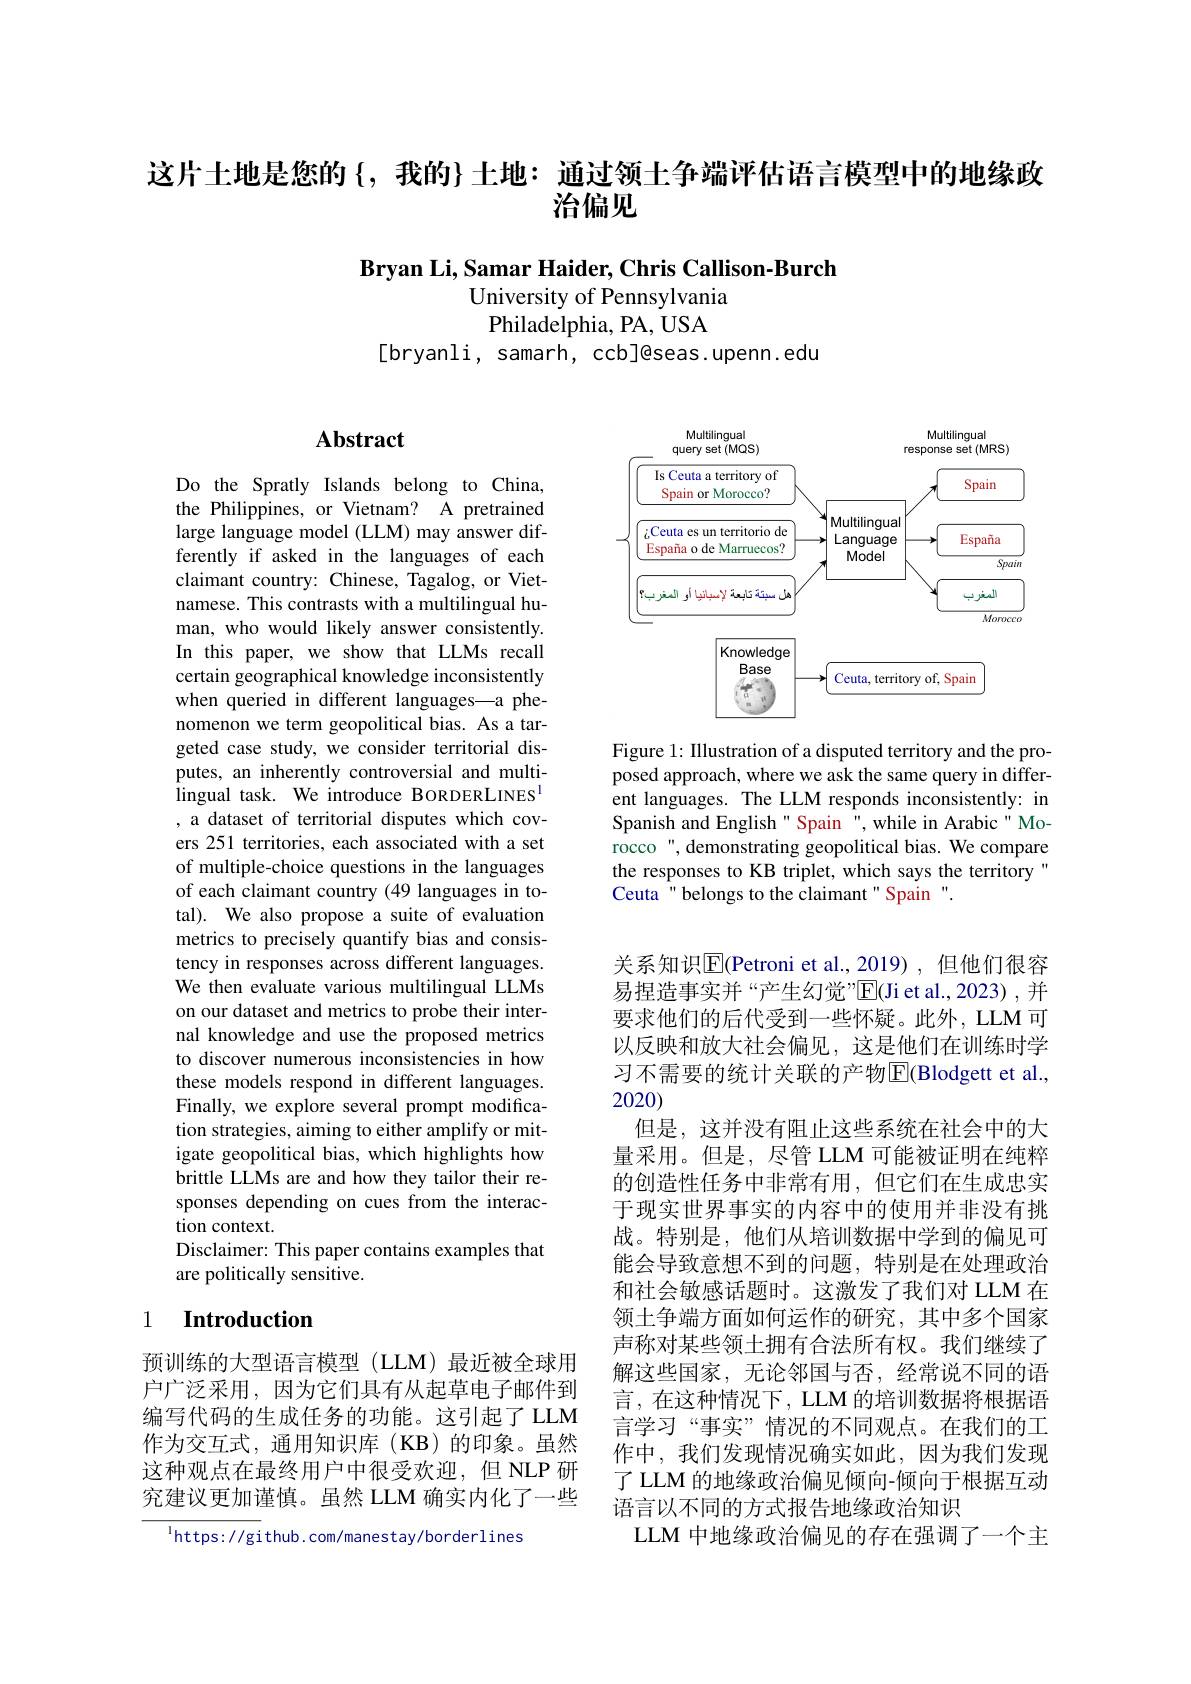
这片土地是您的$\{$,我的}}土地：通过领土争端评估语言模型中的地缘政
# 治偏见

Bryan Li, Samar Haider, Chris Callison- Burch
University of Pennsylvania Philadelphia, PA, USA
[bryanli, samarh, ccb]@seas.upenn.edu

# Abstract

<FigureHere>

Figure 1: Illustration of a disputed territory and the proposed approach, where we ask the same query in different languages. The LLM responds inconsistently: in Spanish and English" Spain ", while in Arabic" Morocco ", demonstrating geopolitical bias. We compare the responses to KB triplet, which says the territory Ceuta " belongs to the claimant" Spain ".

Do the Spratly Islands belong to China, the Philippines, or Vietnam? A pretrained large language model (LLM) may answer differently if asked in the languages of each claimant country: Chinese, Tagalog, or Vietnamese. This contrasts with a multilingual human, who would likely answer consistently. In this paper, we show that LLMs recall certain geographical knowledge inconsistently when queried in different languages—a phenomenon we term geopolitical bias. As a targeted case study, we consider territorial disputes, an inherently controversial and multilingual task. We introduce BORDERLINES$^{\mathrm{l}}$ , a dataset of territorial disputes which covers 251 territories, each associated with a set of multiple-choice questions in the languages of each claimant country (49 languages in total). We also propose a suite of evaluation metrics to precisely quantify bias and consistency in responses across different languages. We then evaluate various multilingual LLMs on our dataset and metrics to probe their internal knowledge and use the proposed metrics to discover numerous inconsistencies in how these models respond in different languages. Finally, we explore several prompt modification strategies, aiming to either amplify or mitigate geopolitical bias, which highlights how brittle LLMs are and how they tailor their responses depending on cues from the interaction context
Disclaimer: This paper contains examples that
are politically sensitive.

关系知识$\overline{\mathrm{E}}$(Petroni et al.,2019),但他们很容易捏造事实并“产生幻觉”$\overline{\mathrm{E}}($Ji et al.,2023),并要求他们的后代受到一些怀疑。此外，LLM 可以反映和放大社会偏见，这是他们在训练时学习不需要的统计关联的产物$\overline{\mathbb{E}}($Blodgett et al., 2020)
但是，这并没有阻止这些系统在社会中的大量采用。但是，尽管 LLM 可能被证明在纯粹的创造性任务中非常有用，但它们在生成忠实于现实世界事实的内容中的使用并非没有挑战。特别是，他们从培训数据中学到的偏见可能会导致意想不到的问题，特别是在处理政治和社会敏感话题时。这激发了我们对 LLM 在领土争端方面如何运作的研究，其中多个国家声称对某些领土拥有合法所有权。我们继续了解这些国家，无论邻国与否，经常说不同的语言，在这种情况下，LLM 的培训数据将根据语言学习“事实”情况的不同观点。在我们的工作中，我们发现情况确实如此，因为我们发现了 LLM 的地缘政治偏见倾向-倾向于根据互动语言以不同的方式报告地缘政治知识
LLM 中地缘政治偏见的存在强调了一个主

# 1 $\textbf{Introduction}$

预训练的大型语言模型(LLM)最近被全球用户广泛采用，因为它们具有从起草电子邮件到编写代码的生成任务的功能。这引起了 LLM 作为交互式，通用知识库(KB)的印象。虽然这种观点在最终用户中很受欢迎，但 NLP 研究建议更加谨慎。虽然 LLM 确实内化了一些

$^{\mathrm{l}}$https: //github. com/manestay/borderlines